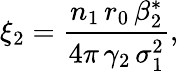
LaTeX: \xi_{2}=\frac{n_{1}\, r_{0}\, \beta_{2}^{*}}{4\pi\, \gamma_{2}\, \sigma_{1}^{2}},